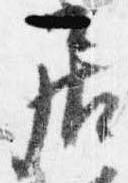
居